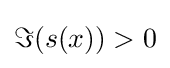
\Im (s(x))>0